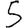
Digit: 5